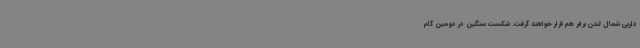
داربی شمال لندن برابر هم قرار خواهند گرفت. شکست سنگین در دومین گام